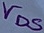
Text: VDS